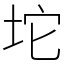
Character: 坨